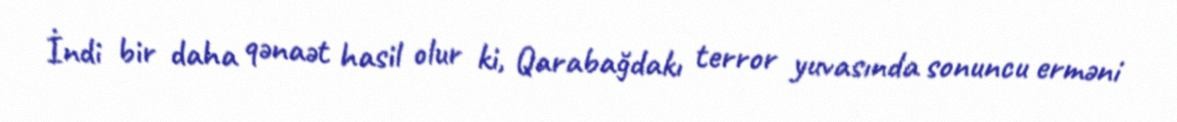
İndi bir daha qənaət hasil olur ki, Qarabağdakı terror yuvasında sonuncu erməni